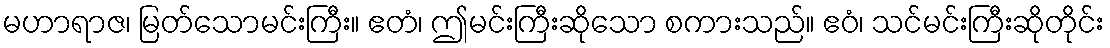
မဟာရာဇ၊ မြတ်သောမင်းကြီး။ ဧတံ၊ ဤမင်းကြီးဆိုသော စကားသည်။ ဧဝံ၊ သင်မင်းကြီးဆိုတိုင်း